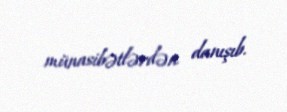
münasibətlərdən danışıb.